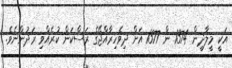
އަކީ މީލާދީން 1374 ން 1377 އަށް ދިވެހިރާއްޖޭގެ ރަސްކަން ކުރެއްވި ރަދުންނެވެ.